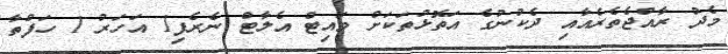
މެދު ރާއްޖެތެރެއާއި ދެކުނުގެ އަތޮޅުތަކަށް ވައިޓް އެލާޓް ނެރެފި1 އަހަރު 1 ހަފްތާ